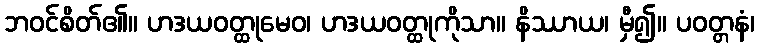
ဘဝင်စိတ်၏။ ဟဒယဝတ္ထုမေဝ၊ ဟဒယဝတ္ထုကိုသာ။ နိဿာယ၊ မှီ၍။ ပဝတ္တနံ၊